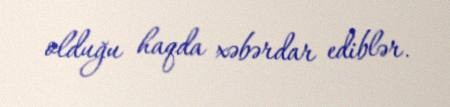
olduğu haqda xəbərdar ediblər.